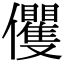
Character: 𠑩